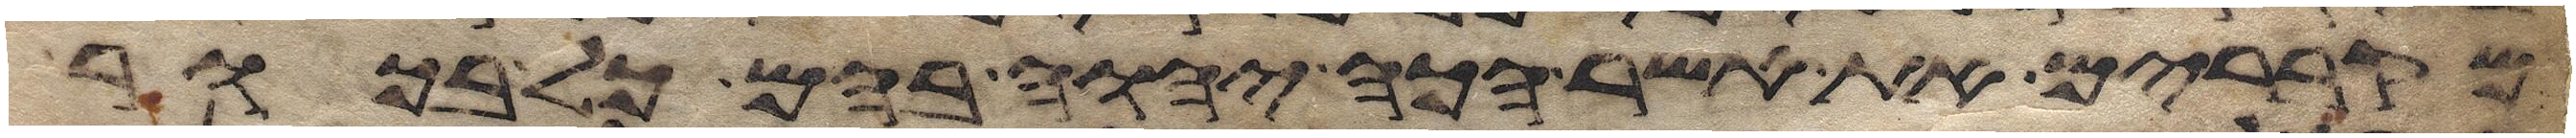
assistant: מקברים את אשר הכה יהוה בהם כל בכור